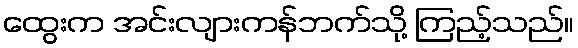
ထွေးက အင်းလျားကန်ဘက်သို့ ကြည့်သည်။